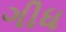
ગીધ